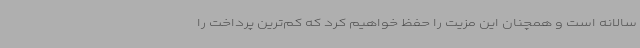
سالانه است و همچنان این مزیت را حفظ خواهیم کرد که کم‌ترین پرداخت را